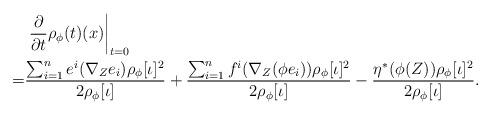
LaTeX: \begin{align*}&\left.\frac{\partial}{\partial t} \rho_{\phi}(t) (x) \right|_{t=0}\\=&\frac{\sum_{i=1}^{n}e^{i} (\nabla_{Z} e_{i}) \rho_{\phi}[\iota]^{2} }{2 \rho_{\phi}[\iota]}+\frac{\sum_{i=1}^{n}f^{i} (\nabla_{Z} (\phi e_{i})) \rho_{\phi}[\iota]^{2} }{2 \rho_{\phi}[\iota]}-\frac{\eta^{*} (\phi (Z)) \rho_{\phi}[\iota]^{2} }{2 \rho_{\phi}[\iota]}. \end{align*}